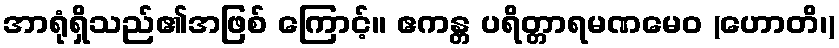
အာရုံရှိသည်၏အဖြစ် ကြောင့်။ ဧကန္တ ပရိတ္တာရမဏမေဝ (ဟောတိ၊)